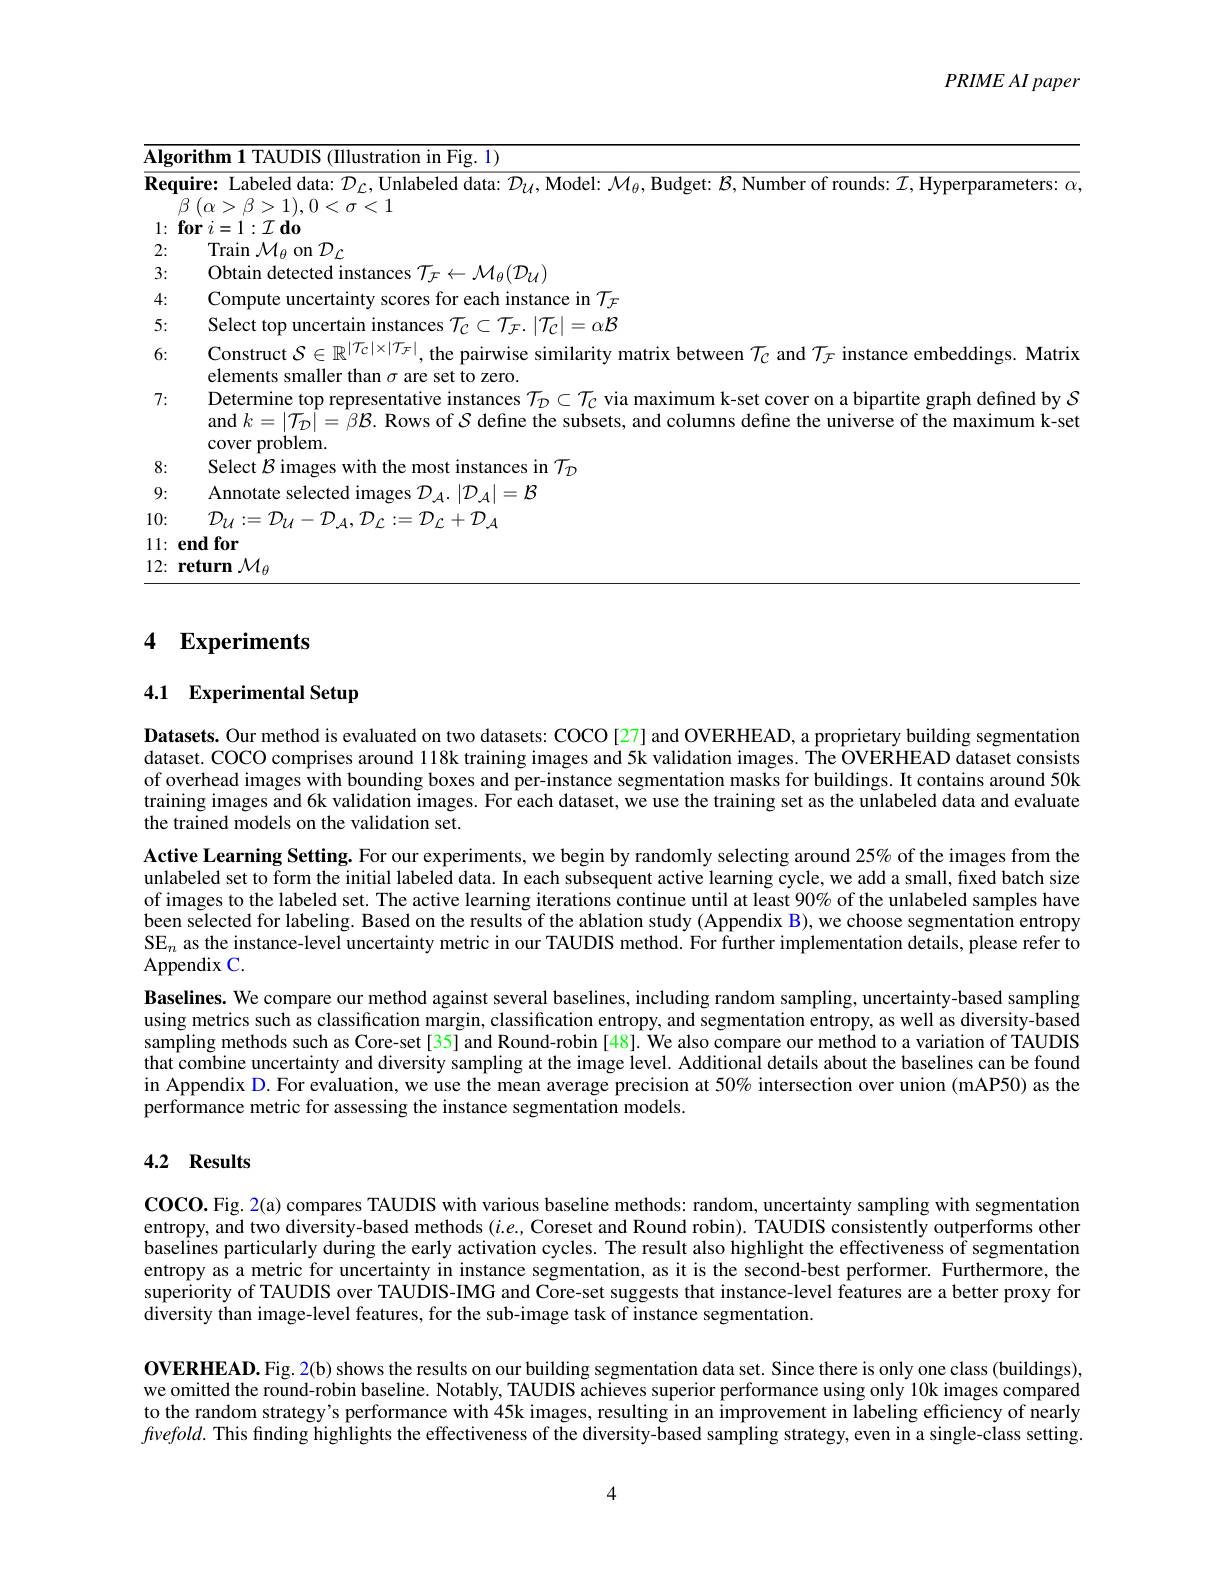
$PRIMEAI\textit{paper}$

<table>
	<tbody>
		<tr>
			<td>$\overline{\mathbf{Al\xi}}$</td>
			<td>$\overline{\mathbf{Algor}}$</td>
			<td>rithm 1 TAUDIS (IIlustration in Fig. 1)</td>
		</tr>
		<tr>
			<td>$\overline{\mathbf{Re}}$</td>
			<td>Requ</td>
			<td> </td>
		</tr>
		<tr>
			<td> </td>
			<td>4</td>
			<td> </td>
		</tr>
		<tr>
			<td>1 $\bullet$ 1</td>
			<td>$fc$ 1:</td>
			<td>$\mathbf{or}$ $i= 1: {\mathcal{I} }$ $\mathbf{d} \mathbf{0}$</td>
		</tr>
		<tr>
			<td>2:</td>
			<td>2:</td>
			<td>$\mathop{\mathrm{Train~}}\mathcal{M}_{\theta}$ on $\mathcal{D}_{C}$</td>
		</tr>
		<tr>
			<td>3:</td>
			<td>3:</td>
			<td>Obtain detected instances $\mathcal{T}_{\mathcal F}\leftarrow\mathcal{M}_{\mathcal A}(\mathcal{D}_{\mathcal U})$</td>
		</tr>
		<tr>
			<td>4: 1 、 ·</td>
			<td>4:</td>
			<td>Compute uncertaint y scores for each instance in $\mathcal{T}_{\mathcal F}$</td>
		</tr>
		<tr>
			<td>5: T </td>
			<td>5:</td>
			<td>Select top uncertain instances 7 $\subset\mathcal{T}_{\mathcal{F}.}\left|\mathcal{T}_{\mathcal{C}}\right|=\alpha\mathcal{B}$</td>
		</tr>
		<tr>
			<td>6:</td>
			<td>6:</td>
			<td>$\operatorname { \mathrm{Construct}} \mathcal{S} \in \mathbb{R} ^{| \mathcal{T} _{C}| }$ $I_{C}$ and $\mathcal{T} _{\mathcal{F} }$ instance embeddings. Matrix</td>
		</tr>
		<tr>
			<td>7:</td>
			<td>7:</td>
			<td>Determine top representative instances $\mathcal{T}_D\subset\mathcal{T}_C$ via maximum k-set cover on a bipartite graph defined by $S$ and $k=|\mathcal{T}_{\mathcal{D}}|=\beta\mathcal{B}.$ Rows of $\mathcal{S}$ define the subsets, and columns define the universe of the maximum k-se cover broblem</td>
		</tr>
		<tr>
			<td>8: 1</td>
			<td>8:</td>
			<td>Select $R$ima instances in $\mathcal{T}_{\mathcal{D}}$</td>
		</tr>
		<tr>
			<td>9:</td>
			<td>9:</td>
			<td>Annotate selected images $\mathcal{D}_{4.}\left|\mathcal{D}_{4}\right|=\mathcal{B}$</td>
		</tr>
		<tr>
			<td>10:</td>
			<td>10:</td>
			<td>$\mathcal{D}_{\mathcal{U}}:=\mathcal{D}_{\mathcal{U}}-\mathcal{D}_{\mathcal{A}},\mathcal{D}_{\mathcal{L}}:=\mathcal{D}_{\mathcal{L}}+\mathcal{D}_{\mathcal{A}}$</td>
		</tr>
		<tr>
			<td>11: T </td>
			<td>11: $e$</td>
			<td>$\mathbf{ndfor}$</td>
		</tr>
		<tr>
			<td>12:</td>
			<td>12: $r$</td>
			<td>$\textbf{eturn}\mathcal{M} _{\beta }$</td>
		</tr>
	</tbody>
</table>

# 4 Experiments

# 4.1 Experimental Setup

Datasets. Our method is evaluated on two datasets: COCO [27] and OVERHEAD, a proprietary building segmentation dataset. COCO comprises around 118k training images and 5k validation images. The OVERHEAD dataset consists of overhead images with bounding boxes and per-instance segmentation masks for buildings. It contains around 50k training images and 6k validation images. For each dataset, we use the training set as the unlabeled data and evaluate the trained models on the validation set.
Active Learning Setting. For our experiments, we begin by randomly selecting around 25% of the images from the unlabeled set to form the initial labeled data. In each subsequent active learning cycle, we add a small, fixed batch size of images to the labeled set. The active learning iterations continue until at least $90\%$ of the unlabeled samples have been sélected for labeling. Based on the results of the ablation study (Appendix B), we choose segmentation entropy SE$_n$ as the instance-level uncertainty metric in our TAUDIS method. For further implementation details, please refer to Appendix C.
Baselines. We compare our method against several baselines, including random sampling, uncertainty-based sampling using metrics such as classification margin, classification entropy, and segmentation entropy, as well as diversity-based sampling methods such as Core-set[35] and Round-robin[48]. We also compare our method to a variation of TAUDIS that combine uncertainty and diversity sampling at the image level. Additional details about the baselines can be found in Appendix D. For evaluation, we use the mean average precision at $50\%$ intersection over union (mAP50) as the performance metric for assessing the instance segmentation models.

## 4.2 Results

$\mathbf{COCO.Fig.2(a)~compares~TAUDIS~with~various~baseline~methods:~random,~uncertainty~sampling~with~segmentation}$ entropy, and two diversity-based methods $(i.e$, Coreset and Round robin). TAUDIS consistently outperforms other baselines particularly during the early activation cycles. The result also highlight the effectiveness of segmentation entropy as a metric for uncertainty in instance segmentation, as it is the second-best performer. Furthermore, the superiority of TAUDIS over TAUDIS-IMG and Core-set suggests that instance-level features are a better proxy for $\hat{\text{diversity than image-level features, for the sub-image task of instance segmentation.}}$

OVERHEAD. Fig. 2(b) shows the results on our building segmentation data set. Since there is only one class (buildings), we omitted the round-robin baseline. Notably, TAUDIS achieves superior performance using only 10k images compared to the random strategy's performance with 45k images, resulting in an improvement in labeling efficiency of nearly $fvefold.$ This finding highlights the effectiveness of the diversity-based sampling strategy, even in a single-class setting.

4